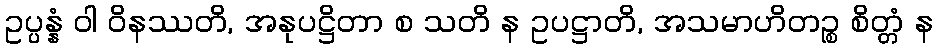
ဥပ္ပန္နံ ဝါ ဝိနဿတိ, အနုပဋ္ဌိတာ စ သတိ န ဥပဋ္ဌာတိ, အသမာဟိတဉ္စ စိတ္တံ န